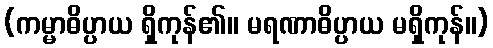
(ကမ္မာဓိပ္ပာယ ရှိကုန်၏။ မရဏာဓိပ္ပာယ မရှိကုန်။)